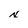
Character: x